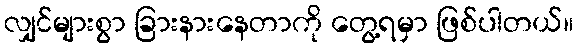
လျှင်များစွာ ခြားနားနေတာကို တွေ့ရမှာ ဖြစ်ပါတယ်။